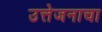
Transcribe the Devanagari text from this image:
उत्तेजनाचा